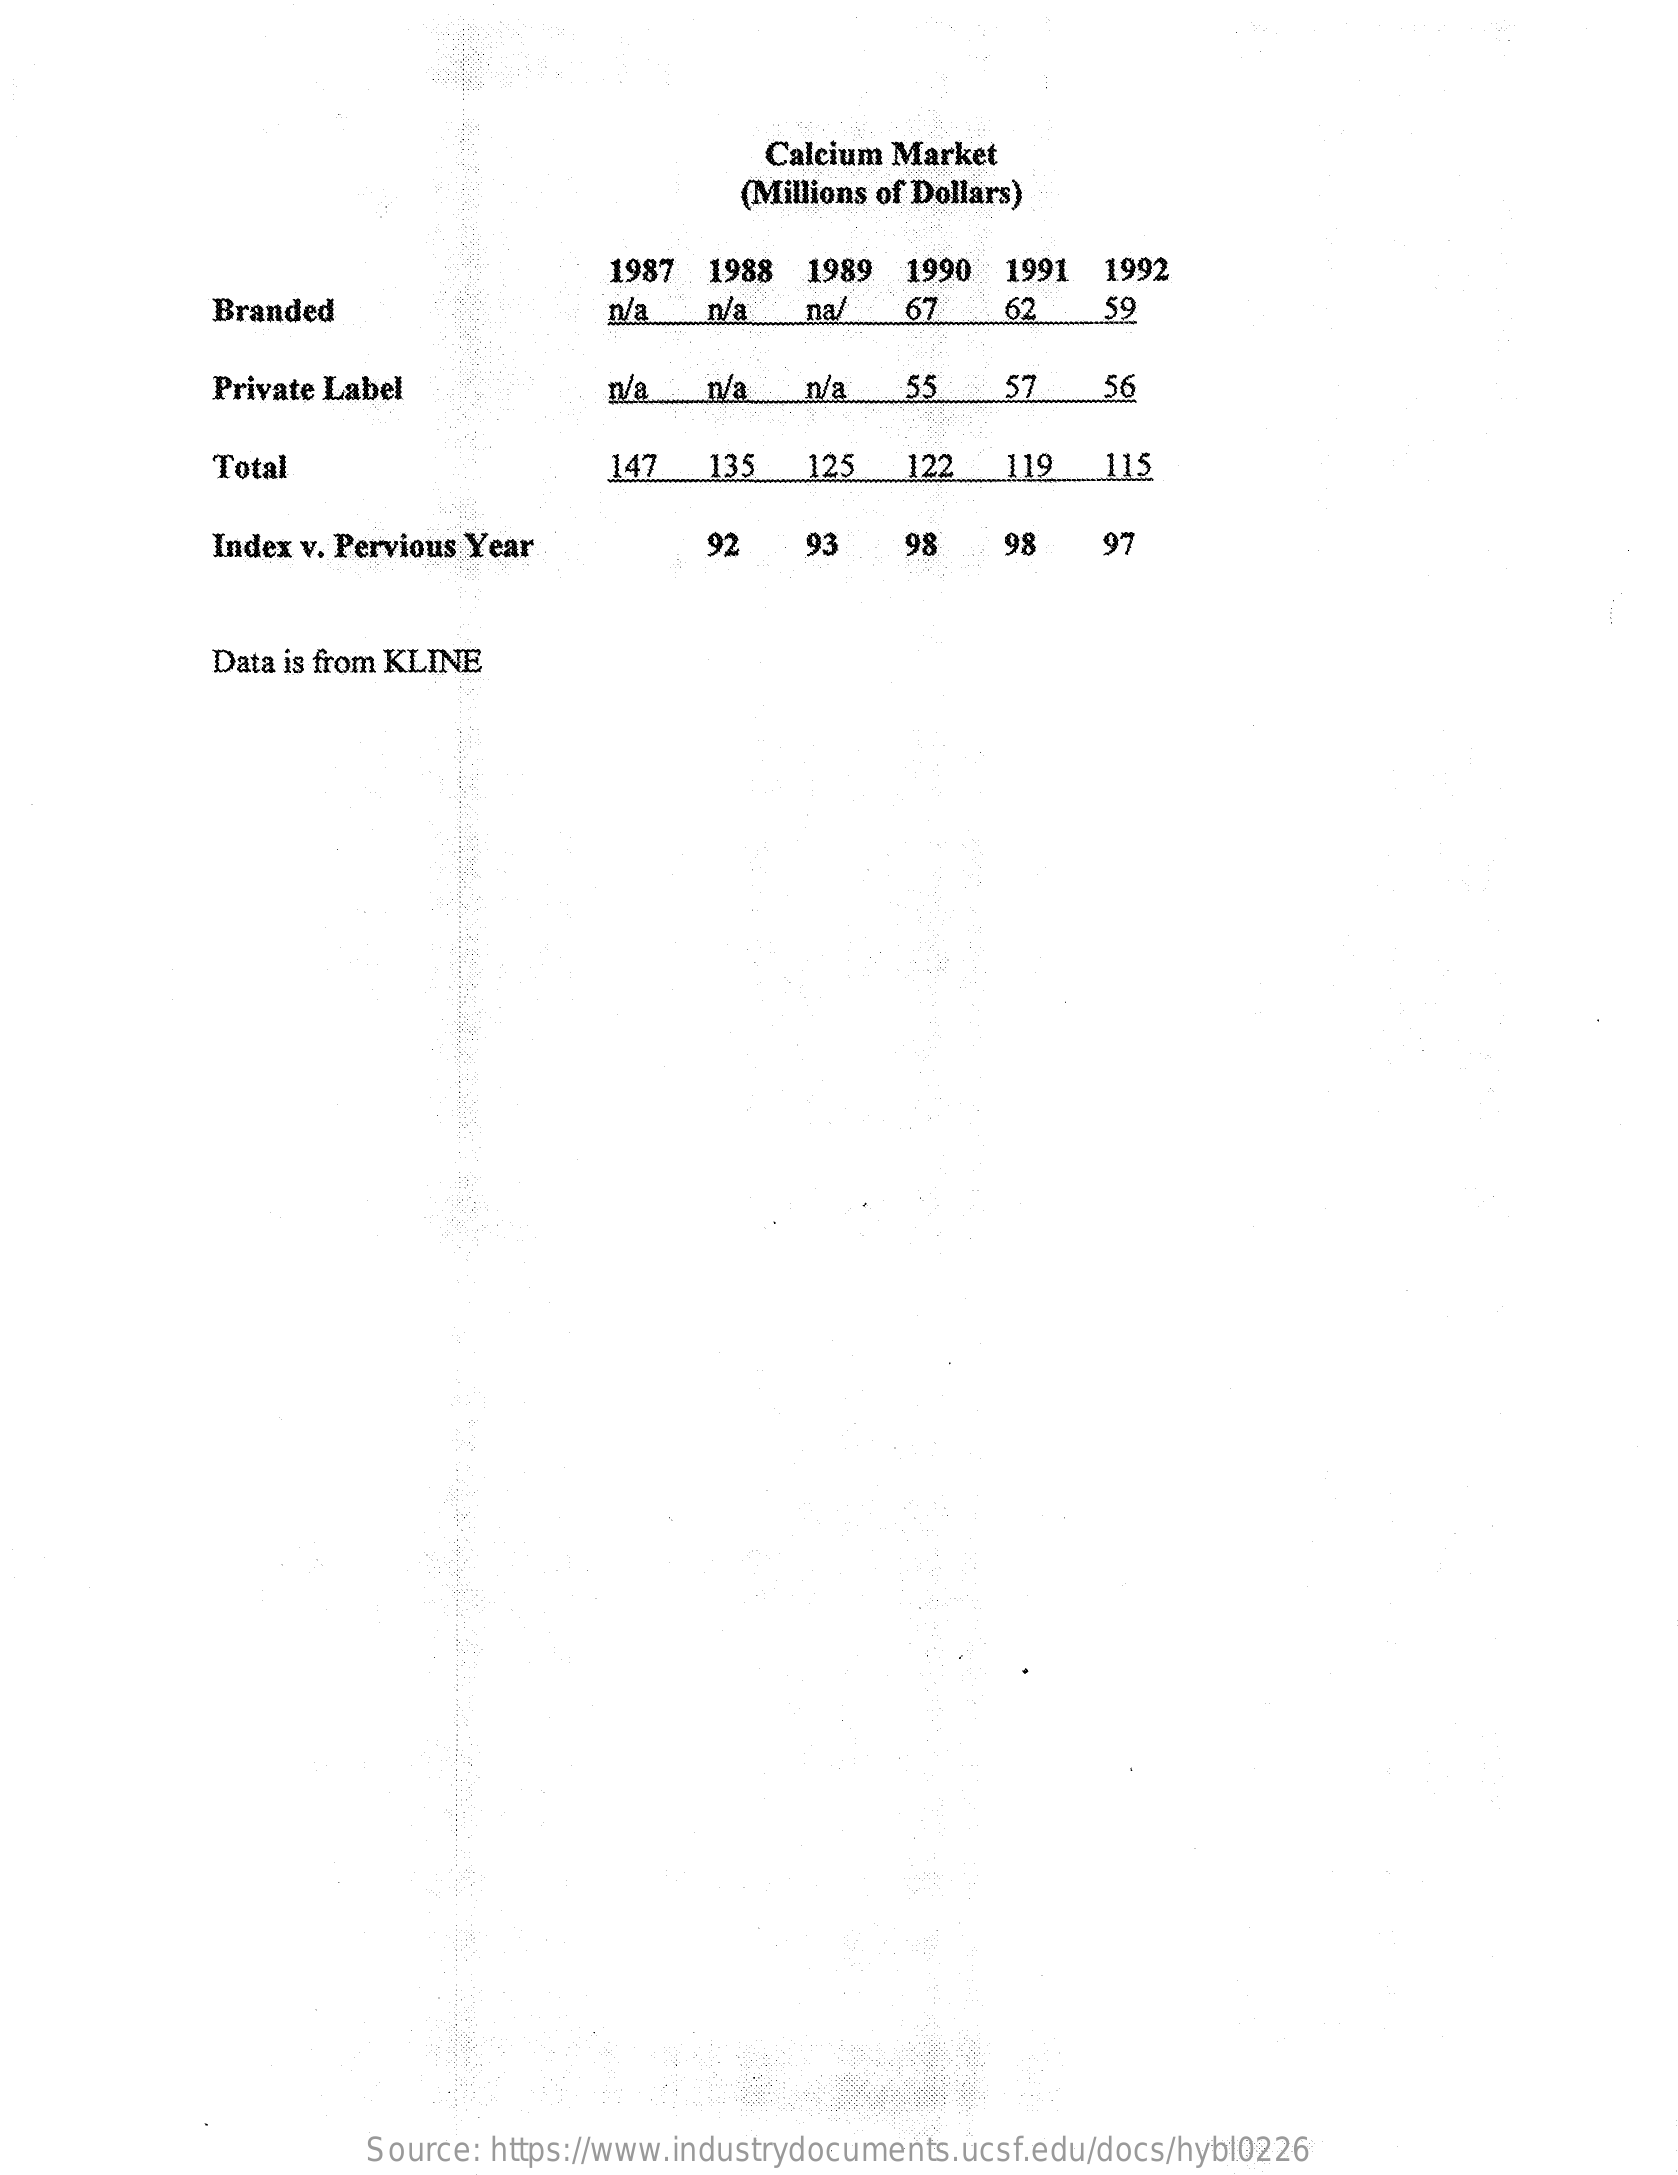
Calcium Market
     (Millions of Dollars)
     1987 1988   1989  1990  1991  1992
     Branded    n/a    n/a   na/   67    62    59
     Private Label    n/a   n/a    n/a   55    57    56
     Total    147   135    125   122   119   115
     Index v. Pervious Year    92    93    98    98    97
     Data is from KLINE
     Source: https://www.industrydocuments.ucsf.edu/docs/hybl0226